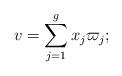
LaTeX: \begin{align*}v = \sum_{j=1}^g x_j \varpi_j;\end{align*}